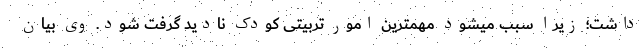
داشت؛ زیرا سبب میشود مهمترین امور تربیتی کودک نادید گرفت شود. وی بیان